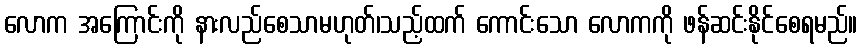
လောက အကြောင်းကို နားလည်စေသာမဟုတ်၊သည့်ထက် ကောင်းသော လောကကို ဖန်ဆင်းနိုင်စေရမည်။